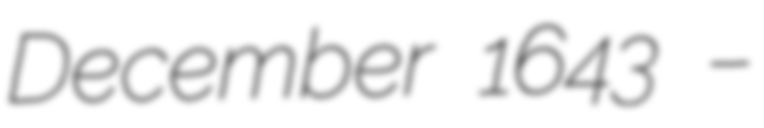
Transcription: December 1643 –